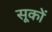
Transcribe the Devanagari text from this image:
सूकों